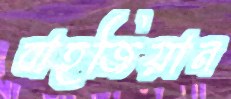
বাহজিয়ান